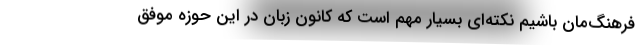
فرهنگ‌مان باشیم نکته‌ای بسیار مهم است که کانون زبان در این حوزه موفق